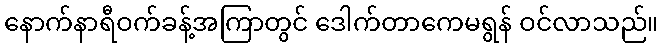
နောက်နာရီဝက်ခန့်အကြာတွင် ဒေါက်တာကေမရွန် ဝင်လာသည်။